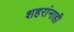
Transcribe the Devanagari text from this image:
शहरांनाही